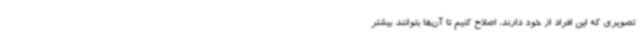
تصویری که این افراد از خود دارند، اصلاح کنیم تا آن‌ها بتوانند بیشتر